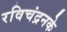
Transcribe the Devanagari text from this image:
रविचंद्रनके